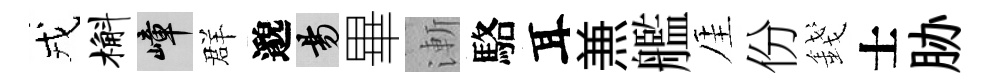
戎槲嶂群邈昜畢漸駱耳𠔥艦厓份錢士胁